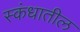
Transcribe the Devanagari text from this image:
स्कंधातील